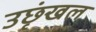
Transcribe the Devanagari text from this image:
उछृंखल